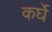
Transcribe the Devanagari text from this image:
कर्घे